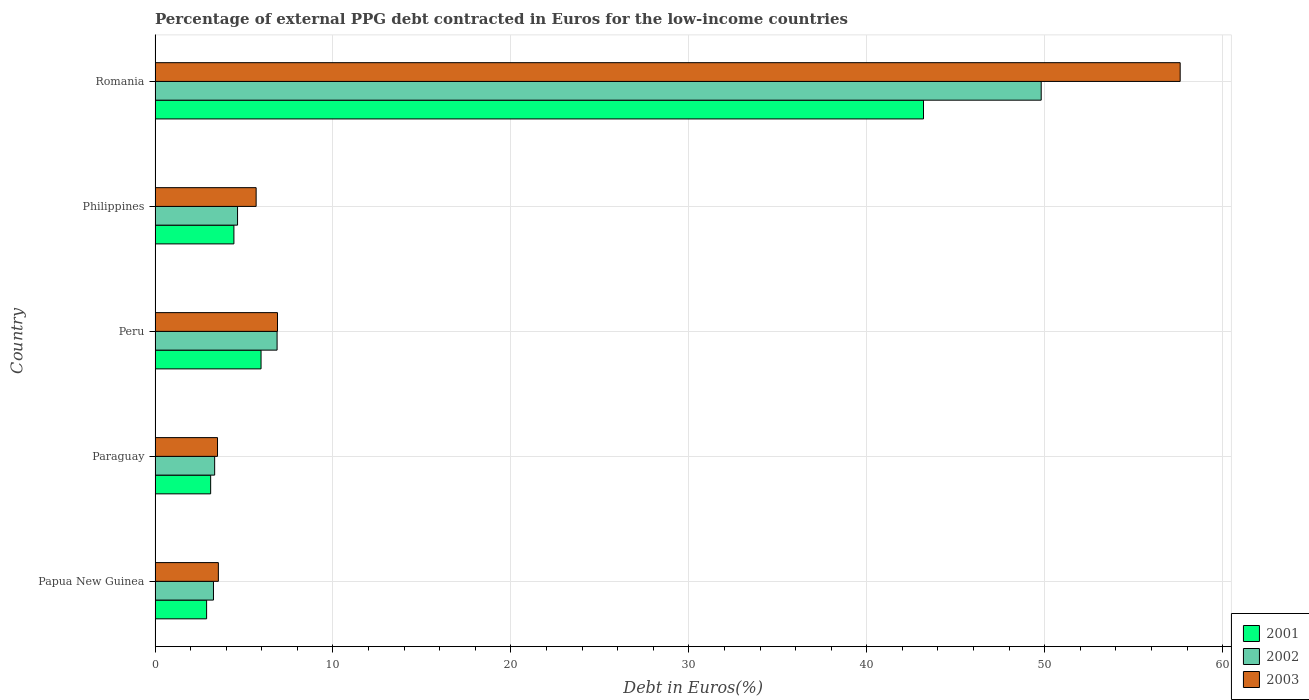
| Country | 2001 | 2002 | 2003 |
 | --- | --- | --- | --- |
 | Papua New Guinea | 2.9 | 3.28 | 3.56 |
 | Paraguay | 3.12 | 3.35 | 3.51 |
 | Peru | 5.96 | 6.86 | 6.88 |
 | Philippines | 4.43 | 4.64 | 5.68 |
 | Romania | 43.2 | 49.8 | 57.6 |